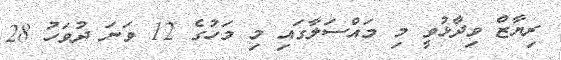
ރިޔާޒް ވިދާޅުވީ މި މައްސަލާގައި މި މަހުގެ 12 ވަނަ ދުވަހު 28